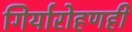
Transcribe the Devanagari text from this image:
गिर्यारोहणही